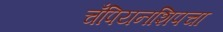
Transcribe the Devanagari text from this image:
चँपियनशिपचा